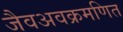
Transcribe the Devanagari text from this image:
जैवअवक्रमणित